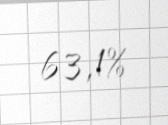
63,1%